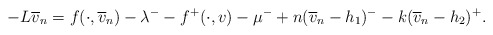
\begin{align*}-L\overline{v}_{n}=f(\cdot,\overline{v}_{n})-\lambda^{-}-f^{+}(\cdot,v)-\mu^{-}+n(\overline{v}_{n}-h_{1})^{-}-k(\overline{v}_{n}-h_{2})^{+}.\end{align*}